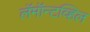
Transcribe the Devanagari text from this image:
लॅमॉन्टव्हिल